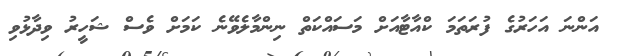
އަންނަ އަހަރުގެ ފުރަތަމަ ކްއާޓާއަށް މަސައްކަތް ނިންމާލެވޭނެ ކަމަށް ވެސް ޝަހީރު ވިދާޅުވި